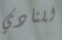
للنادي